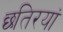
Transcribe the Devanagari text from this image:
छतिरयां